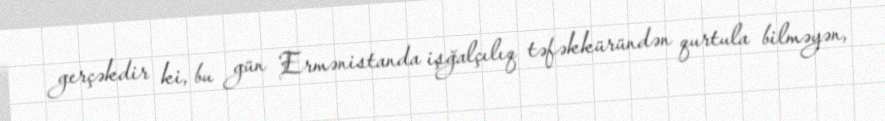
gerçəkdir ki, bu gün Ermənistanda işğalçılıq təfəkküründən qurtula bilməyən,